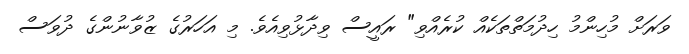
ވަރަށް މުހިންމު ހިދުމަތްތަކެއް ކުރެއްވި" ރައީސް ވިދާޅުވިއެވެ. މި އަހަރުގެ ޒުވާނުންގެ ދުވަސް